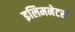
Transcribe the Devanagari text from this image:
इलिमनेटर्स